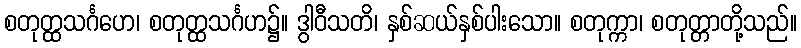
စတုတ္ထသင်္ဂဟေ၊ စတုတ္ထသင်္ဂဟ၌။ ဒွါဝီသတိ၊ နှစ်ဆယ်နှစ်ပါးသော။ စတုက္ကာ၊ စတုတ္တာတို့သည်။